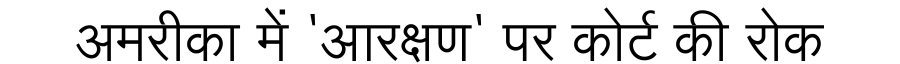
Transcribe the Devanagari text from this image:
अमरीका में 'आरक्षण' पर कोर्ट की रोक